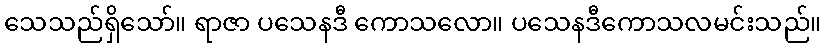
သေသည်ရှိသော်။ ရာဇာ ပသေနဒီ ကောသလော။ ပသေနဒီကောသလမင်းသည်။